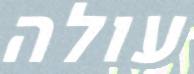
עולה